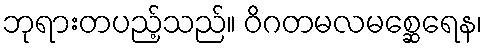
ဘုရားတပည့်သည်။ ဝိဂတမလမစ္ဆေရေန၊